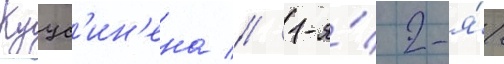
Куус'ин'ена // 1-я́/ 2-я́/